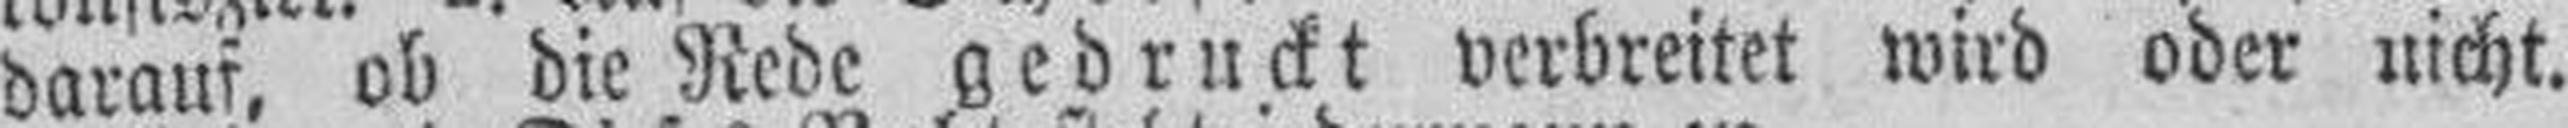
daraus, ob die Rede gedruckt verbreitet wird oder nicht.